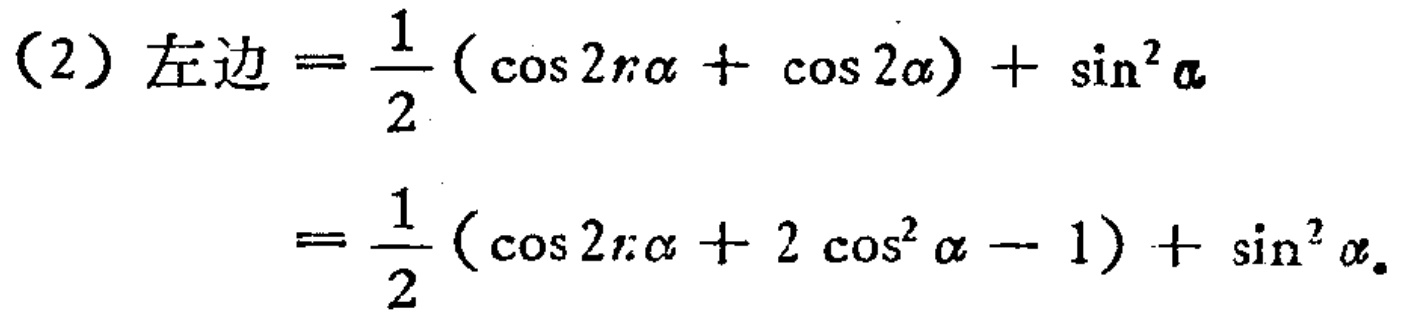
\[

\begin{align*}

(2)\text{ 左边}&=\frac{1}{2}(\cos 2r\alpha+\cos 2\alpha)+\sin^{2}\alpha\\

&=\frac{1}{2}(\cos 2r\alpha + 2\cos^{2}\alpha - 1)+\sin^{2}\alpha

\end{align*}

\]